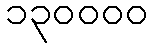
၁၃၀၀၀၀